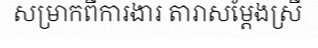
សម្រាកពីការងារ តារាសម្តែងស្រី